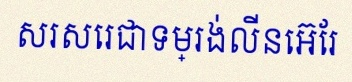
សរសេរជាទម្រង់លីនេអ៊ែរ